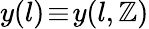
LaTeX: y(l)\! \equiv\! y(l,\mathbb{Z})